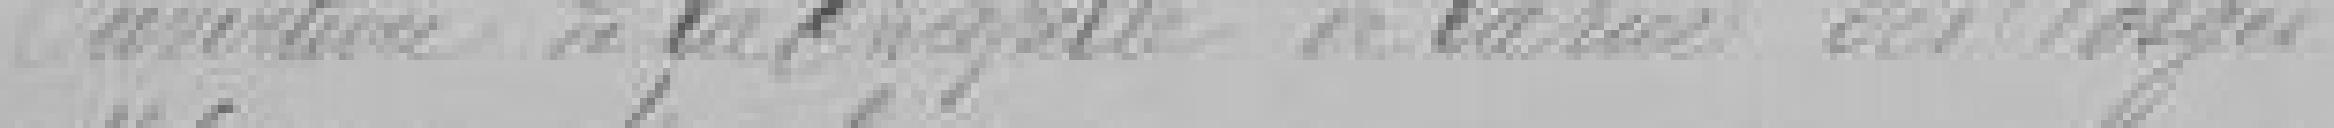
Ouverture de la chapelle de la rue des Vosges